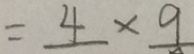
= 4 \times 9